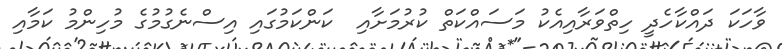
ވާހަކަ ދައްކާހެދީ ހިތްވަރާއިއެކު މަސައްކަތް ކުރުމަށާއި  ކަންކަމުގައި އިސްނެގުމުގެ މުހިންމު ކަމާއި